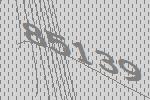
85139